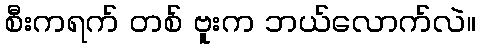
စီးကရက် တစ် ဗူးက ဘယ်လောက်လဲ။